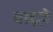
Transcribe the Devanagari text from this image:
वाइज़े